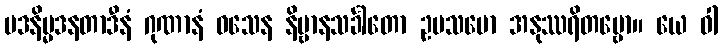
မဒနိမ္မဒနတာဒီနံ ဂုဏာနံ ဝသေန နိဗ္ဗာနသင်္ခါတော ဥပသမော အနုဿရိတဗ္ဗော။ ယေ ဝါ